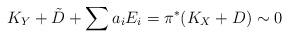
LaTeX: \begin{align*}K_{Y}+\tilde{D}+\sum a_{i}E_{i}=\pi^{*}(K_{X}+D)\sim0\end{align*}